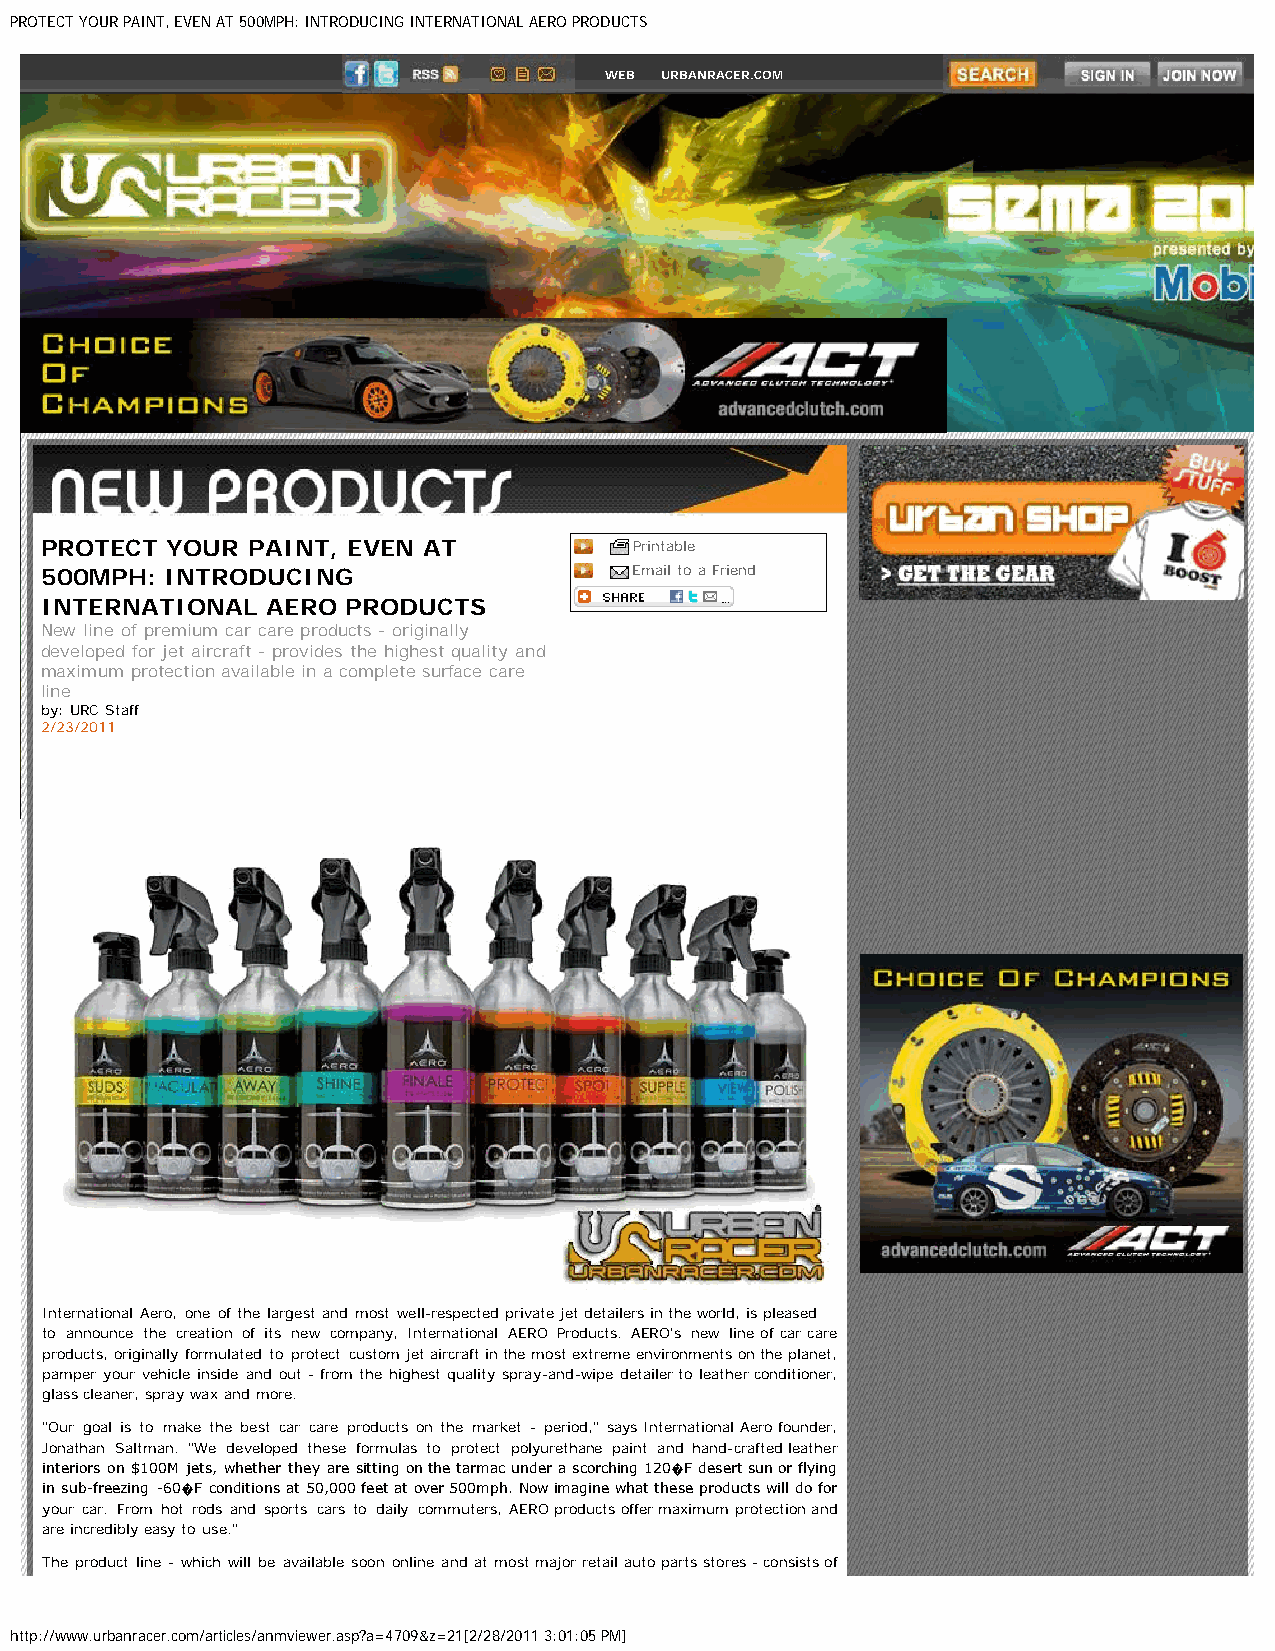
PROTECT YOUR PAINT, EVEN AT 500MPH: INTRODUCING INTERNATIONAL AERO PRODUCTS
 WEB URBANRACER.COM
 PROTECT YOUR PAINT, EVEN AT            Printable
 500MPH: INTRODUCING                    Email to a Friend
 INTERNATIONAL  AERO PRODUCTS
 New line of premium car care products - originally
 developed for jet aircraft - provides the highest quality and
 maximum protection available in a complete surface care
 line
 by: URC Staff
 2/23/2011
 International Aero, one of the largest and most well-respected private jet detailers in the world, is pleased
 to announce the creation of its new company, International AERO Products. AERO's new line of car care
 products, originally formulated to protect custom jet aircraft in the most extreme environments on the planet,
 pamper your vehicle inside and out - from the highest quality spray-and-wipe detailer to leather conditioner,
 glass cleaner, spray wax and more.
 "Our goal is to make the best car care products on the market - period," says International Aero founder,
 Jonathan Saltman. "We developed these formulas to protect polyurethane paint and hand-crafted leather
 interiors on $100M jets, whether they are sitting on the tarmac under a scorching 120�F desert sun or flying
 in sub-freezing -60�F conditions at 50,000 feet at over 500mph. Now imagine what these products will do for
 your car. From hot rods and sports cars to daily commuters, AERO products offer maximum protection and
 are incredibly easy to use."
 The product line - which will be available soon online and at most major retail auto parts stores - consists of
 http://www.urbanracer.com/articles/anmviewer.asp?a=4709&z=21[2/28/2011 3:01:05 PM]